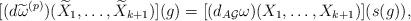
LaTeX: \begin{align*}[(d\widetilde{\omega}^{(p)})(\widetilde{X}_1,\dots, \widetilde{X}_{k+1})](g)=[(d_{A\mathcal{G}}\omega)(X_1,\dots, X_{k+1})](s(g)),\end{align*}